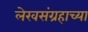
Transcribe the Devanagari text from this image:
लेखसंग्रहाच्या